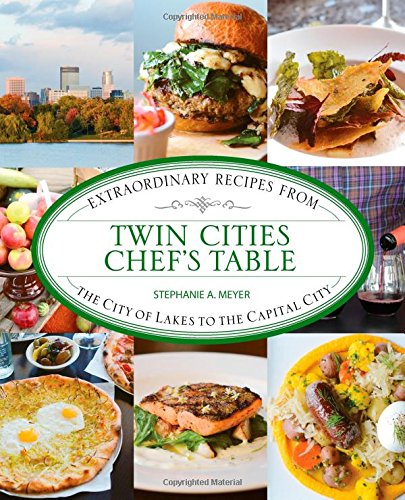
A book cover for Twin Cities Chef's Table: Extraordinary Recipes from the City of Lakes to the Capital City; Stephanie Meyer; Cookbooks, Food & Wine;